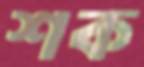
শক